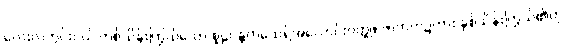
လေးလတွင်းဝယ် တစ်သိန်းကြွယ်သော စူဠပန္ထကထေရ်အလောင်းဝတ္ထု။ ဇာတက၌ကား နှစ်သိန်းကြွယ်၏ဟု